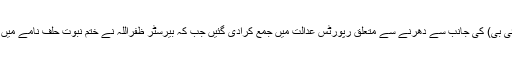
اسلام آباد انتظامیہ اور انٹیلی جنس بیورو (آئی بی) کی جانب سے دھرنے سے متعلق رپورٹس عدالت میں جمع کرادی گئیں جب کہ بیرسٹر ظفراللہ نے ختمِ نبوت حلف نامے میں ترمیم کی تحقیقات سے معذرت کر لی ہے۔